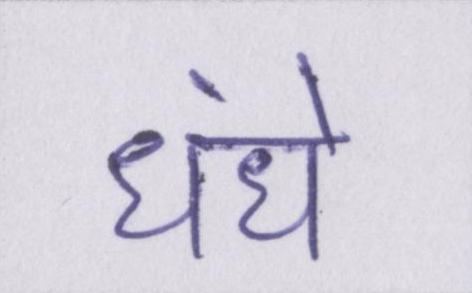
धंधे